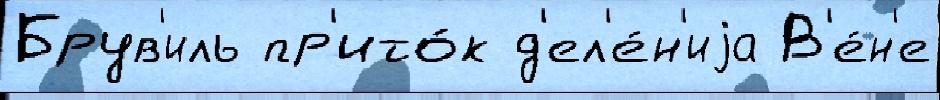
Брув'иль пр'ито́к д'ел'е́н'иjа В'е́н'е